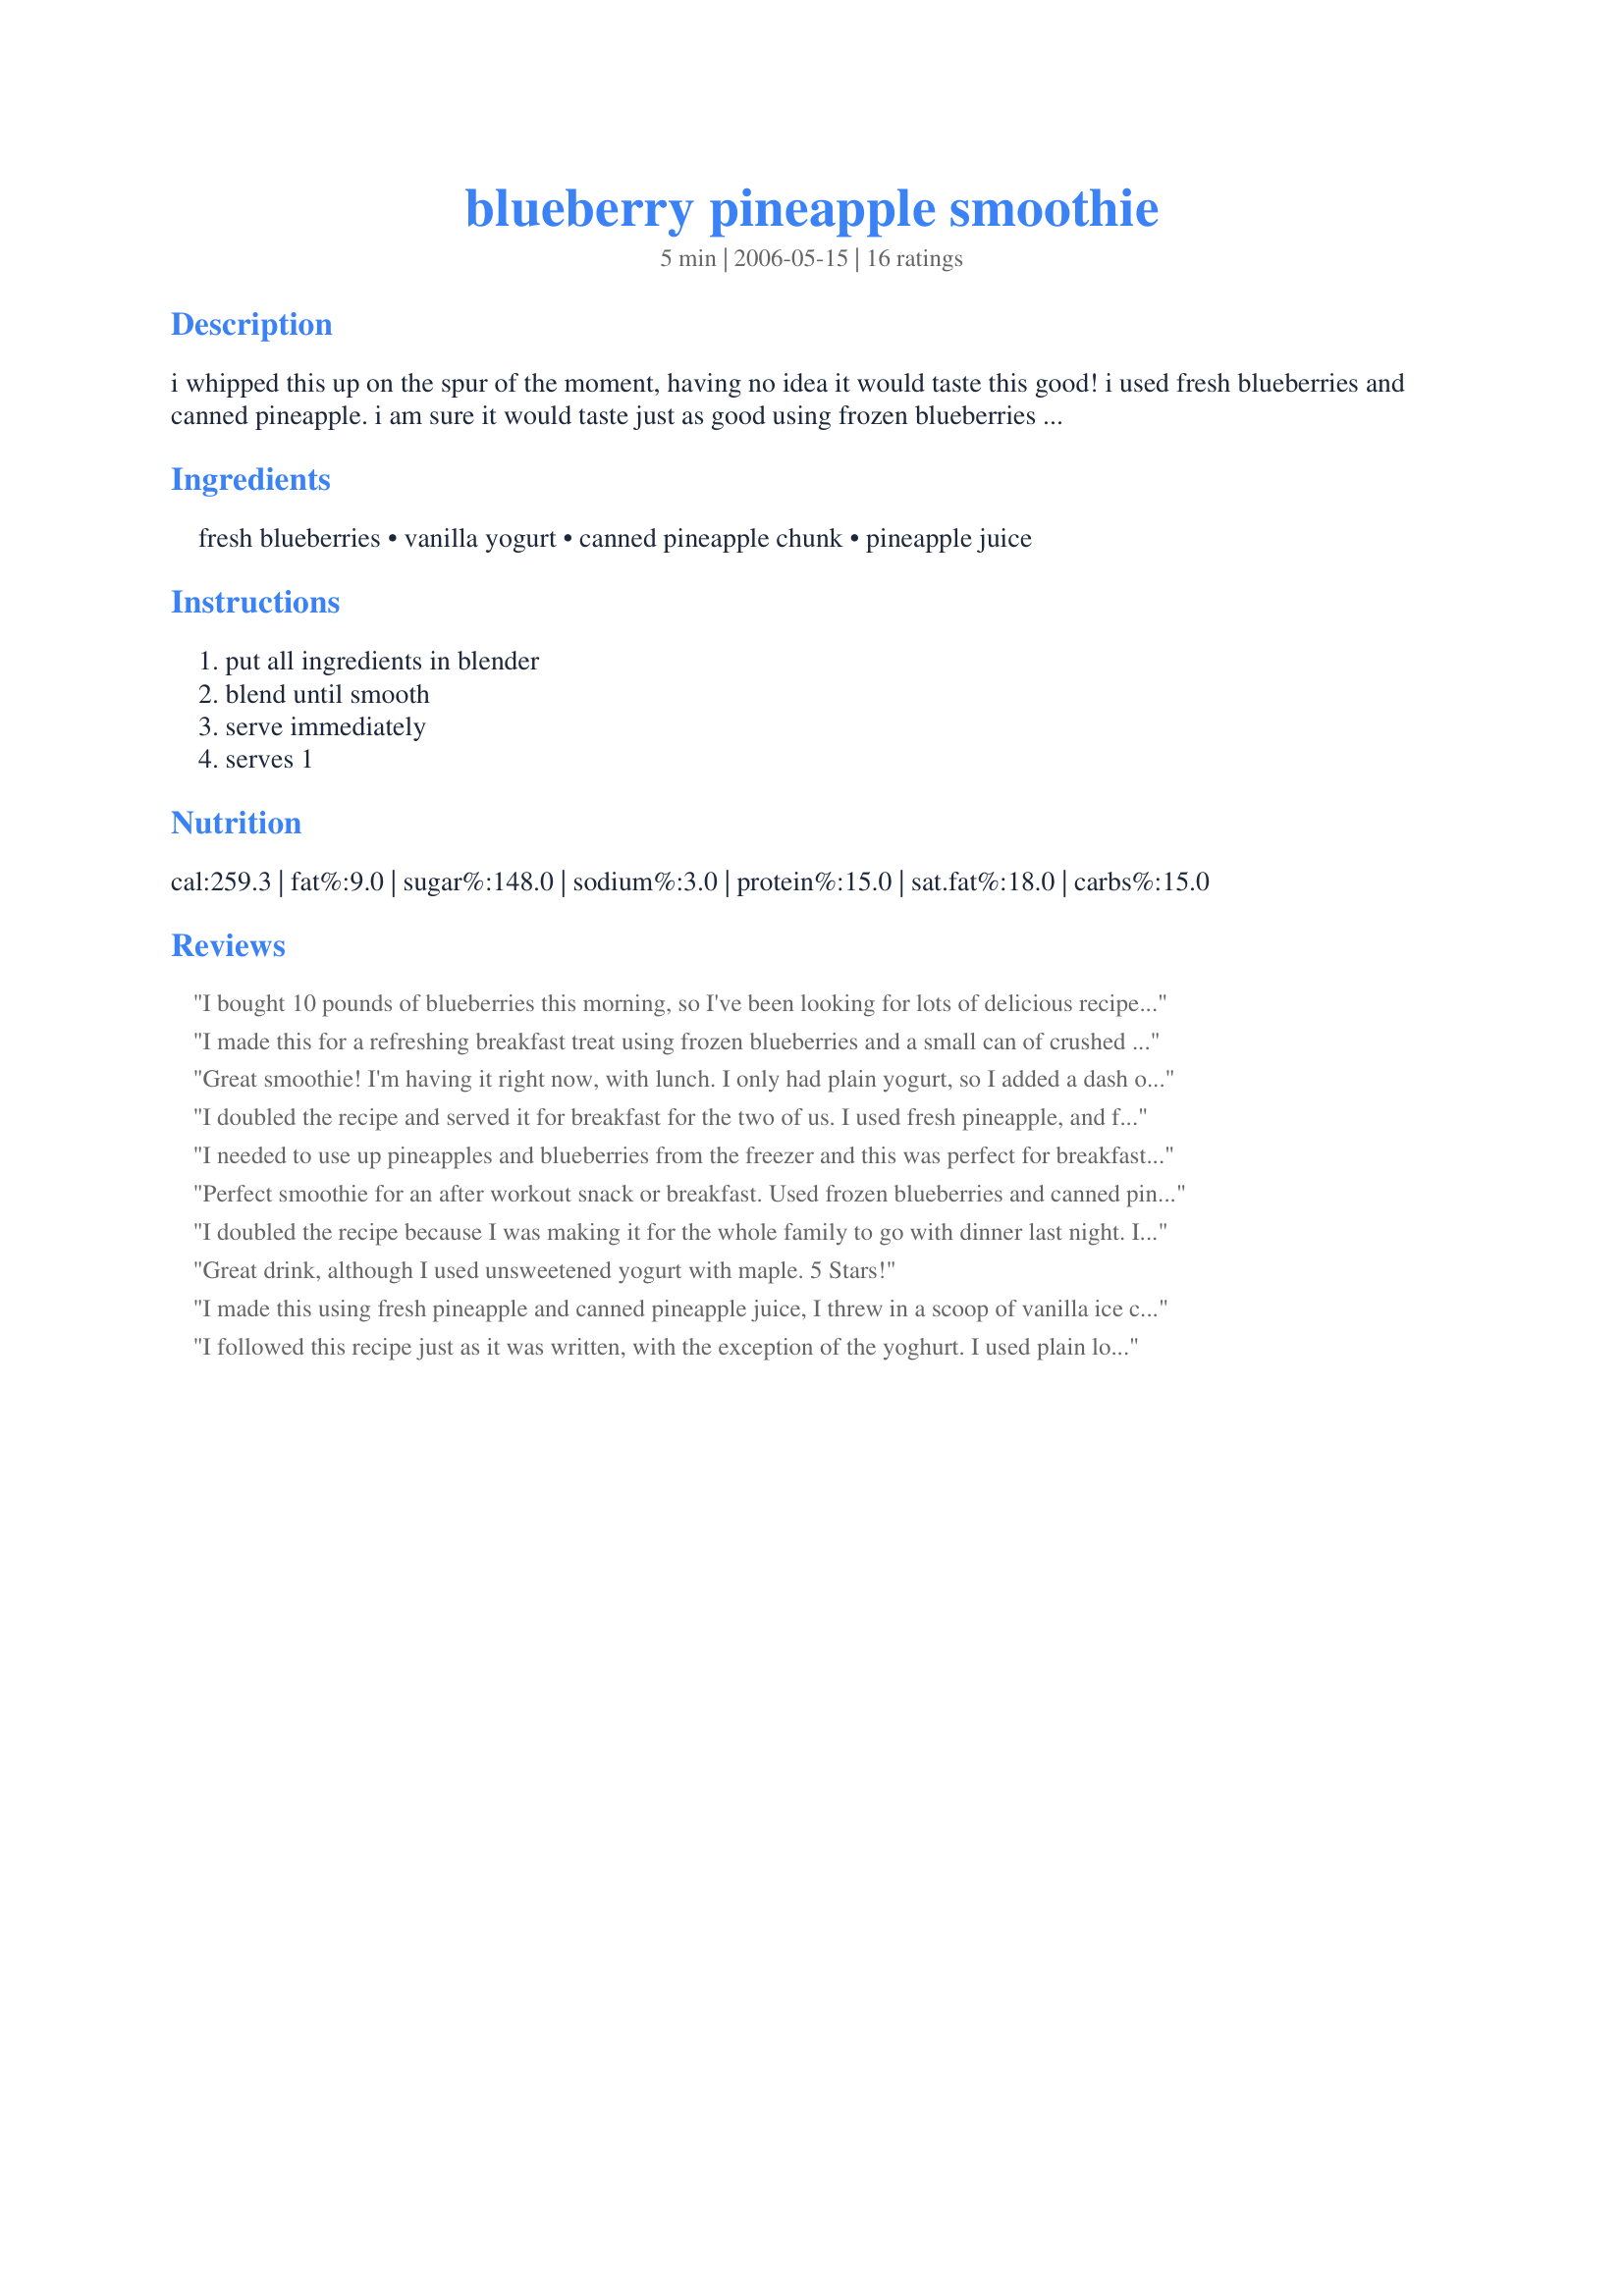
blueberry pineapple smoothie
Preparation time: 5 minutes

i whipped this up on the spur of the moment, having no idea it would taste this good! i used fresh blueberries and canned pineapple. i am sure it would taste just as good using frozen blueberries and fresh pineapple. the first time i made this smoothie, the intense color about knocked my socks off! my husband and i love this smoothie and i hope you will enjoy it too!

Ingredients:
fresh blueberries, vanilla yogurt, canned pineapple chunk, pineapple juice

Steps:
put all ingredients in blender, blend until smooth, serve immediately, serves 1

Reviews:
I bought 10 pounds of blueberries this morning, so I've been looking for lots of delicious recipes for using them up. This smoothie is incredibly delicious, healthy and super quick! And the color is just gorgeous. One of my boys is crazy for blueberries, so he and I split this between the 2 of us. Thanks Bev!
I made this for a refreshing breakfast treat using frozen blueberries and a small can of crushed pineapple. I only had a small tub of apricot yoghurt so used that in place of plain. This will be a 'keeper' for me and I am sure I will be making this often especially when summer returns:)
Great smoothie! I'm having it right now, with lunch. I only had plain yogurt, so I added a dash of vanilla and lemon extract, and some sugar, and it turned out very nicely. Also it is a beautiful color. Thanks for sharing it!
I doubled the recipe and served it for breakfast for the two of us. I used fresh pineapple, and frozen blueberries. I also used plain low-fat yogurt, and added two servings of vanilla hemp protein powder. As the pineapple was fresh, I didn't have juice, so I added some orange juice instead. It was delicious (and perfectly sweet), and will definitely become a staple in our house!
I needed to use up pineapples and blueberries from the freezer and this was perfect for breakfast. I used my Hawaiian pineapples from our backyard that I had frozen, so it was wonderful. Thanks for posting this and reminding me how good a smoothie can be!
Perfect smoothie for an after workout snack or breakfast. Used frozen blueberries and canned pineapple. Yummy!
I doubled the recipe because I was making it for the whole family to go with dinner last night. I had to use flavored yogurt and didn't have enough pineapple juice from the can. So I don't think it weathered my substitutions well, but I would love to try it just as written. My toddlers loved it.
Great drink, although I used unsweetened yogurt with maple. 5 Stars!
I made this using fresh pineapple and canned pineapple juice, I threw in a scoop of vanilla ice cream too, my DH simply LOVED this! thanks hon...Kitten:)
I followed this recipe just as it was written, with the exception of the yoghurt. I used plain low fat yoghurt. It tasted delicious! Perfect for when you are craving something sweet, & a better alternative to ice cream. Great, refreshing drink! Will be making this for my family as well.
I have had this recipe saved for a while, and while looking for a way to use some frozen blueberries, I remembered it. I halved the recipe, and used frozen blueberries. My store only had custard style vanilla yogurt, but I think that helped to make it a bit thicker. Loved it, and wished I had made the whole batch. Thanks for sharing!!!
My son suggested I &quot;make him a pineapple smoothie for him&quot; (nice, huh?) since we had pineapple in the fridge. I had the Food.com web site open on my phone's browser so I just typed it in. He saw this one and said &quot;That one sounds good!&quot; Threw it together with some blueberry yogurt in the nutribullet and he was a happy kid! The only down side is the pineapple fibers and blueberry skins get caught on the blades. But my boy went to school with a nutritious drink so I'm good. Next time I'll add a little protein powder.
Thank you for posting! I'm trying to eat healthy &amp; wasn't sure if my frozen blueberries &amp; canned pineapple would taste good together. I use plain Greek yogurt, stevia, frozen blueberries, &amp; canned pineapple, &amp; salt.. yes, salt. If you want to know why, you may ask. Delicious.
Made this for a light lunch/pick-me-up. I used fresh pineapple combined with the fresh berries. I wanted a little coolness and tossed in a few ice cubes in place of the canned pineapple juice. Very good combination.
I used fresh pineapple and fresh blueberries and skipped the pineapple juice. I mixed it up with my hand mixer which meant the blueberries didn't get blended as well as they probably would have in a standard mixer. I think it affected the color, but I doubt it did the taste. It was a nice combination of flavors. A tad bit tart for me, but that's probably because I miss read the recipe and used plain instead of vanilla yogurt. Oops! It was still good though. Thanks for sharing, Bev! :)
Used fresh blueberries and canned crushed pineapple. You get just a hint of the vanilla from the yogurt. Very tasty breakfast treat for us. It was a little too thick for me so I added a splash of milk and some ice cubes. It really is a beautiful color!
